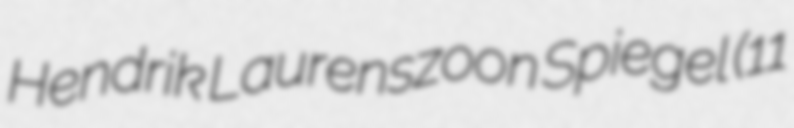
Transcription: Hendrik Laurenszoon Spiegel (11